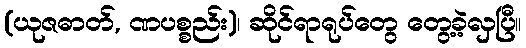
(ယုဇဓာတ်, ဏပစ္စည်း)၊ ဆိုင်ရာရုပ်တွေ တွေ့ခဲ့လှပြီ။